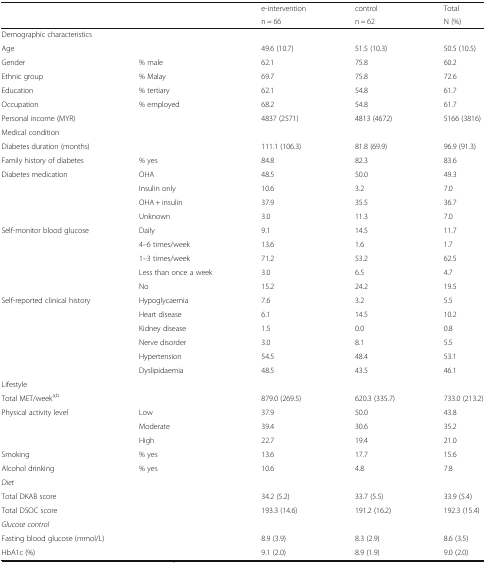
<table><thead><tr><td rowspan="2" colspan="2"></td><td><b>e-intervention</b></td><td><b>control</b></td><td><b>Total</b></td></tr><tr><td><b>n = 66</b></td><td><b>n = 62</b></td><td><b>N (%)</b></td></tr></thead><tbody><tr><td colspan="5">Demographic characteristics</td></tr><tr><td>Age</td><td></td><td>49.6 (10.7)</td><td>51.5 (10.3)</td><td>50.5 (10.5)</td></tr><tr><td>Gender</td><td>% male</td><td>62.1</td><td>75.8</td><td>60.2</td></tr><tr><td>Ethnic group</td><td>% Malay</td><td>69.7</td><td>75.8</td><td>72.6</td></tr><tr><td>Education</td><td>% tertiary</td><td>62.1</td><td>54.8</td><td>61.7</td></tr><tr><td>Occupation</td><td>% employed</td><td>68.2</td><td>54.8</td><td>61.7</td></tr><tr><td>Personal income (MYR)</td><td></td><td>4837 (2571)</td><td>4813 (4672)</td><td>5166 (3816)</td></tr><tr><td colspan="5">Medical condition</td></tr><tr><td colspan="2">Diabetes duration (months)</td><td>111.1 (106.3)</td><td>81.8 (69.9)</td><td>96.9 (91.3)</td></tr><tr><td>Family history of diabetes</td><td>% yes</td><td>84.8</td><td>82.3</td><td>83.6</td></tr><tr><td rowspan="4">Diabetes medication</td><td>OHA</td><td>48.5</td><td>50.0</td><td>49.3</td></tr><tr><td>Insulin only</td><td>10.6</td><td>3.2</td><td>7.0</td></tr><tr><td>OHA + insulin</td><td>37.9</td><td>35.5</td><td>36.7</td></tr><tr><td>Unknown</td><td>3.0</td><td>11.3</td><td>7.0</td></tr><tr><td rowspan="5">Self-monitor blood glucose</td><td>Daily</td><td>9.1</td><td>14.5</td><td>11.7</td></tr><tr><td>4–6 times/week</td><td>13.6</td><td>1.6</td><td>1.7</td></tr><tr><td>1–3 times/week</td><td>71.2</td><td>53.2</td><td>62.5</td></tr><tr><td>Less than once a week</td><td>3.0</td><td>6.5</td><td>4.7</td></tr><tr><td>No</td><td>15.2</td><td>24.2</td><td>19.5</td></tr><tr><td rowspan="6">Self-reported clinical history</td><td>Hypoglycaemia</td><td>7.6</td><td>3.2</td><td>5.5</td></tr><tr><td>Heart disease</td><td>6.1</td><td>14.5</td><td>10.2</td></tr><tr><td>Kidney disease</td><td>1.5</td><td>0.0</td><td>0.8</td></tr><tr><td>Nerve disorder</td><td>3.0</td><td>8.1</td><td>5.5</td></tr><tr><td>Hypertension</td><td>54.5</td><td>48.4</td><td>53.1</td></tr><tr><td>Dyslipidaemia</td><td>48.5</td><td>43.5</td><td>46.1</td></tr><tr><td colspan="5">Lifestyle</td></tr><tr><td>Total MET/week<sup>a,b</sup></td><td></td><td>879.0 (269.5)</td><td>620.3 (335.7)</td><td>733.0 (213.2)</td></tr><tr><td rowspan="3">Physical activity level</td><td>Low</td><td>37.9</td><td>50.0</td><td>43.8</td></tr><tr><td>Moderate</td><td>39.4</td><td>30.6</td><td>35.2</td></tr><tr><td>High</td><td>22.7</td><td>19.4</td><td>21.0</td></tr><tr><td>Smoking</td><td>% yes</td><td>13.6</td><td>17.7</td><td>15.6</td></tr><tr><td>Alcohol drinking</td><td>% yes</td><td>10.6</td><td>4.8</td><td>7.8</td></tr><tr><td><i>Diet</i></td><td></td><td></td><td></td><td></td></tr><tr><td>Total DKAB score</td><td></td><td>34.2 (5.2)</td><td>33.7 (5.5)</td><td>33.9 (5.4)</td></tr><tr><td>Total DSOC score</td><td></td><td>193.3 (14.6)</td><td>191.2 (16.2)</td><td>192.3 (15.4)</td></tr><tr><td><i>Glucose control</i></td><td></td><td></td><td></td><td></td></tr><tr><td colspan="2">Fasting blood glucose (mmol/L)</td><td>8.9 (3.9)</td><td>8.3 (2.9)</td><td>8.6 (3.5)</td></tr><tr><td>HbA1c (%)</td><td></td><td>9.1 (2.0)</td><td>8.9 (1.9)</td><td>9.0 (2.0)</td></tr></tbody></table>